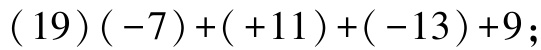
\((19)(-7)+( +11)+( -13)+9\)